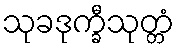
သုခဒုက္ခီသုတ္တံ